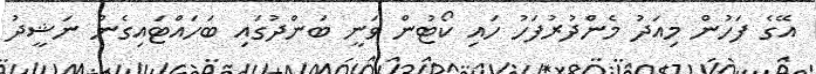
އޭގެ ފަހުން މިއަދު މެންދުރުފަހު ހައި ކޯޓުން ވަނީ ބަންދުގައި ބަހައްޓައިގެން ނަޝީދު